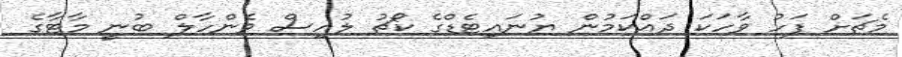
މެޗަށް ފަހު ވާހަކަ ދައްކަމުން ޔުނައިޓެޑްގެ ކޯޗު ލުއިސް ވެންހާލް ބުނީ މާޓާގެ